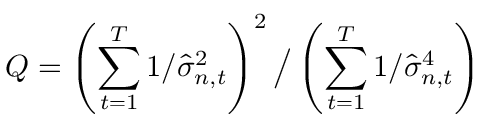
Q = \left( \sum _ { t = 1 } ^ { T } 1 / \widehat { \sigma } _ { n , t } ^ { 2 } \right) ^ { 2 } \big / \left( \sum _ { t = 1 } ^ { T } 1 / \widehat { \sigma } _ { n , t } ^ { 4 } \right)